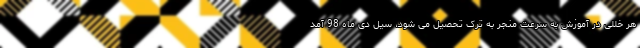
هر خللی در آموزش به سرعت منجر به ترک تحصیل می شود، سیل دی ماه 98 آمد